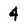
Character: 4